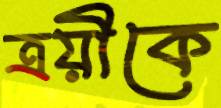
ত্রয়ীকে